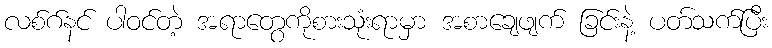
လစ်ဂ်နင် ပါဝင်တဲ့ အရာတွေကိုစားသုံးရာမှာ အစာချေဖျက် ခြင်းနဲ့ ပတ်သက်ပြီး